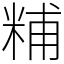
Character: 䊇